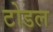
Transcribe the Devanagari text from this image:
टोडल